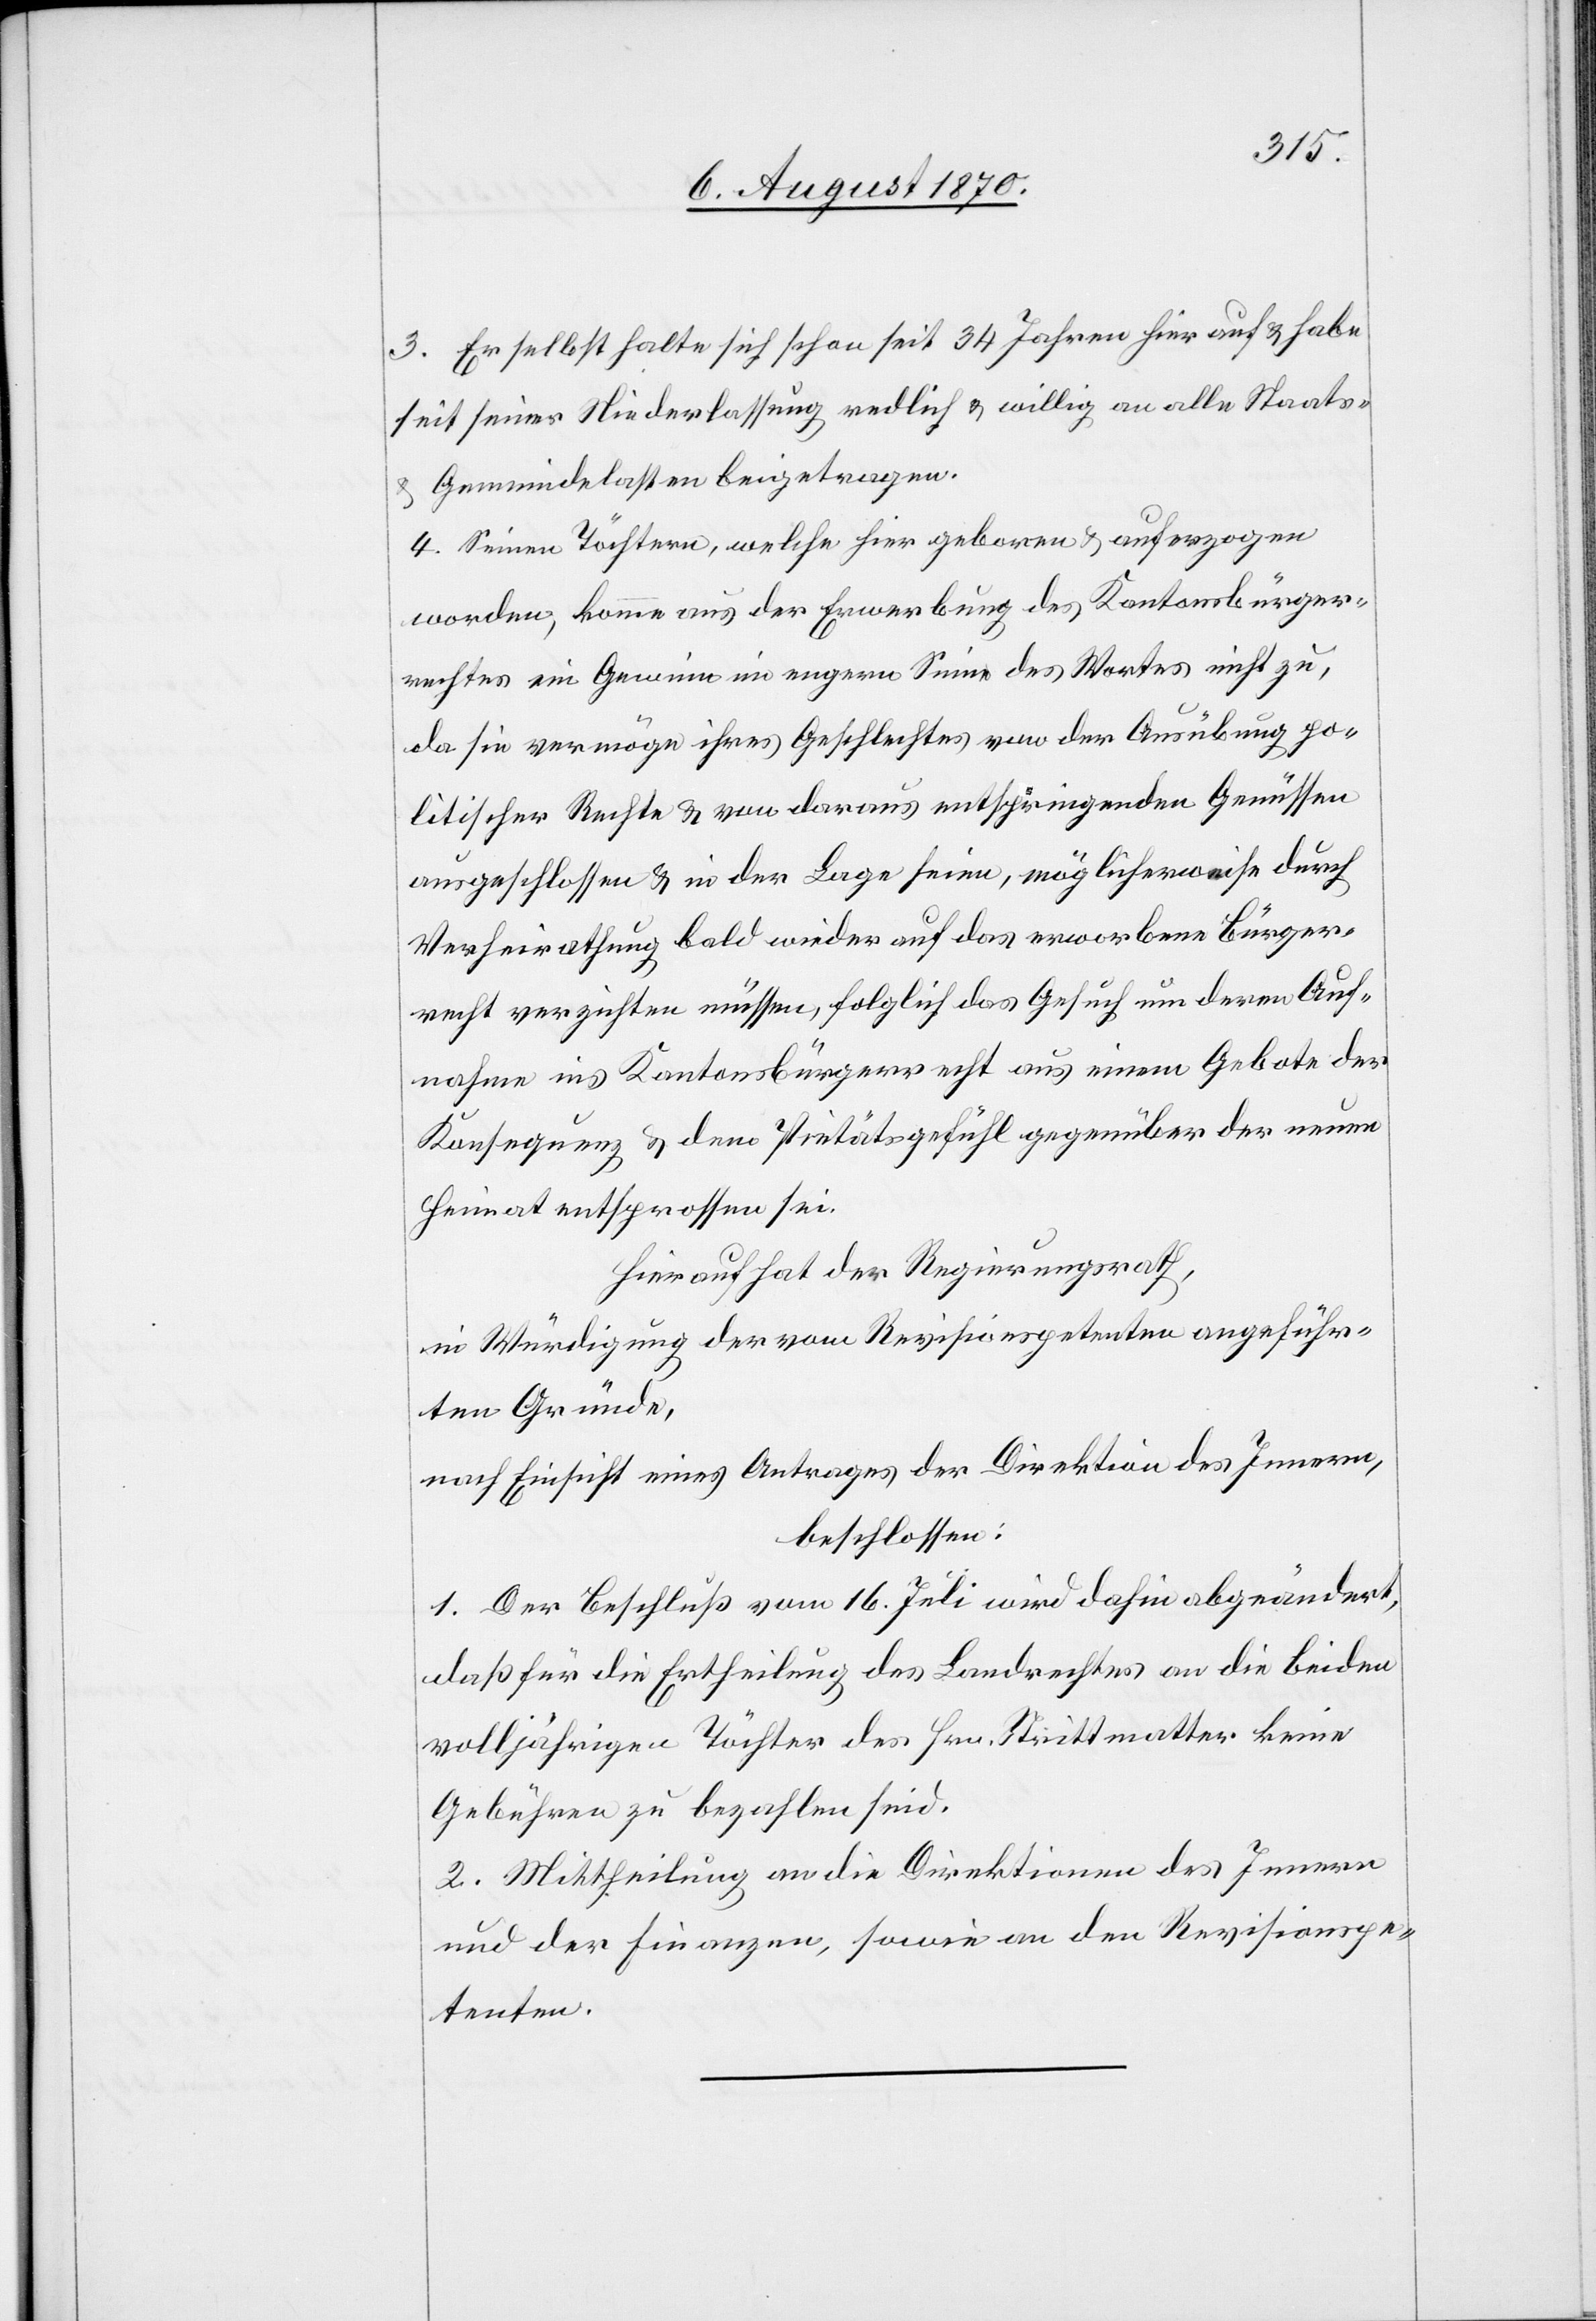
3. Er selbst halte sich schon seit 34 Jahren hier auf & habe
seit seiner Niederlassung redlich & willig an alle Staats-
Gemeindelasten beigetragen.
4. Seinen Töchtern, welche hier geboren & aufgezogen
worden, komme aus der Erwerbung des Kantonsbürger¬
rechtes ein Gewinn im engern Sinne des Wortes nicht zu,
da sie vermögen ihres Geschlechtes von der Ausübung po¬
litischer Rechte & von daraus entspringenden Genüssen
ausgeschlossen & in der Lage seien, möglicherweise durch
Verheirathung bald wieder auf das erworbene Bürger¬
recht verzichten [zu] müssen, folglich das Gesuch um deren Auf¬
nahme in das Kantonsbürgerrecht aus einem Gebote der
Konsequenz & dem Pietätsgefühl gegenüber der neuen
Heimat entsprossen sei.
Hierauf hat der Regierungsrath,
in Würdigung der vom Revisionspetenten angeführ¬
ten Gründe,
nach Einsicht eines Antrages der Direktion des Innern,
beschlossen:
1. Der Beschluß vom 16. Juli wird dahin abgeändert,
daß für die Ertheilung des Landrechtes an die beiden
volljährigen Töchter des Hrn. Strittmatter keine
Gebühren zu bezahlen sind.
2. Mittheilung an die Direktionen des Innern
und der Finanzen, sowie an den Revisionspe¬
tenten.